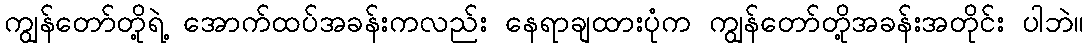
ကျွန်တော်တို့ရဲ့ အောက်ထပ်အခန်းကလည်း နေရာချထားပုံက ကျွန်တော်တို့အခန်းအတိုင်း ပါဘဲ။